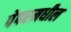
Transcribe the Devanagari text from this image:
पेपरमधील